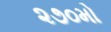
૨૭૦મો